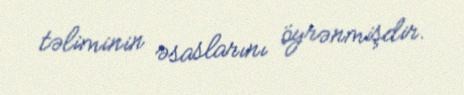
təliminin əsaslarını öyrənmişdir.